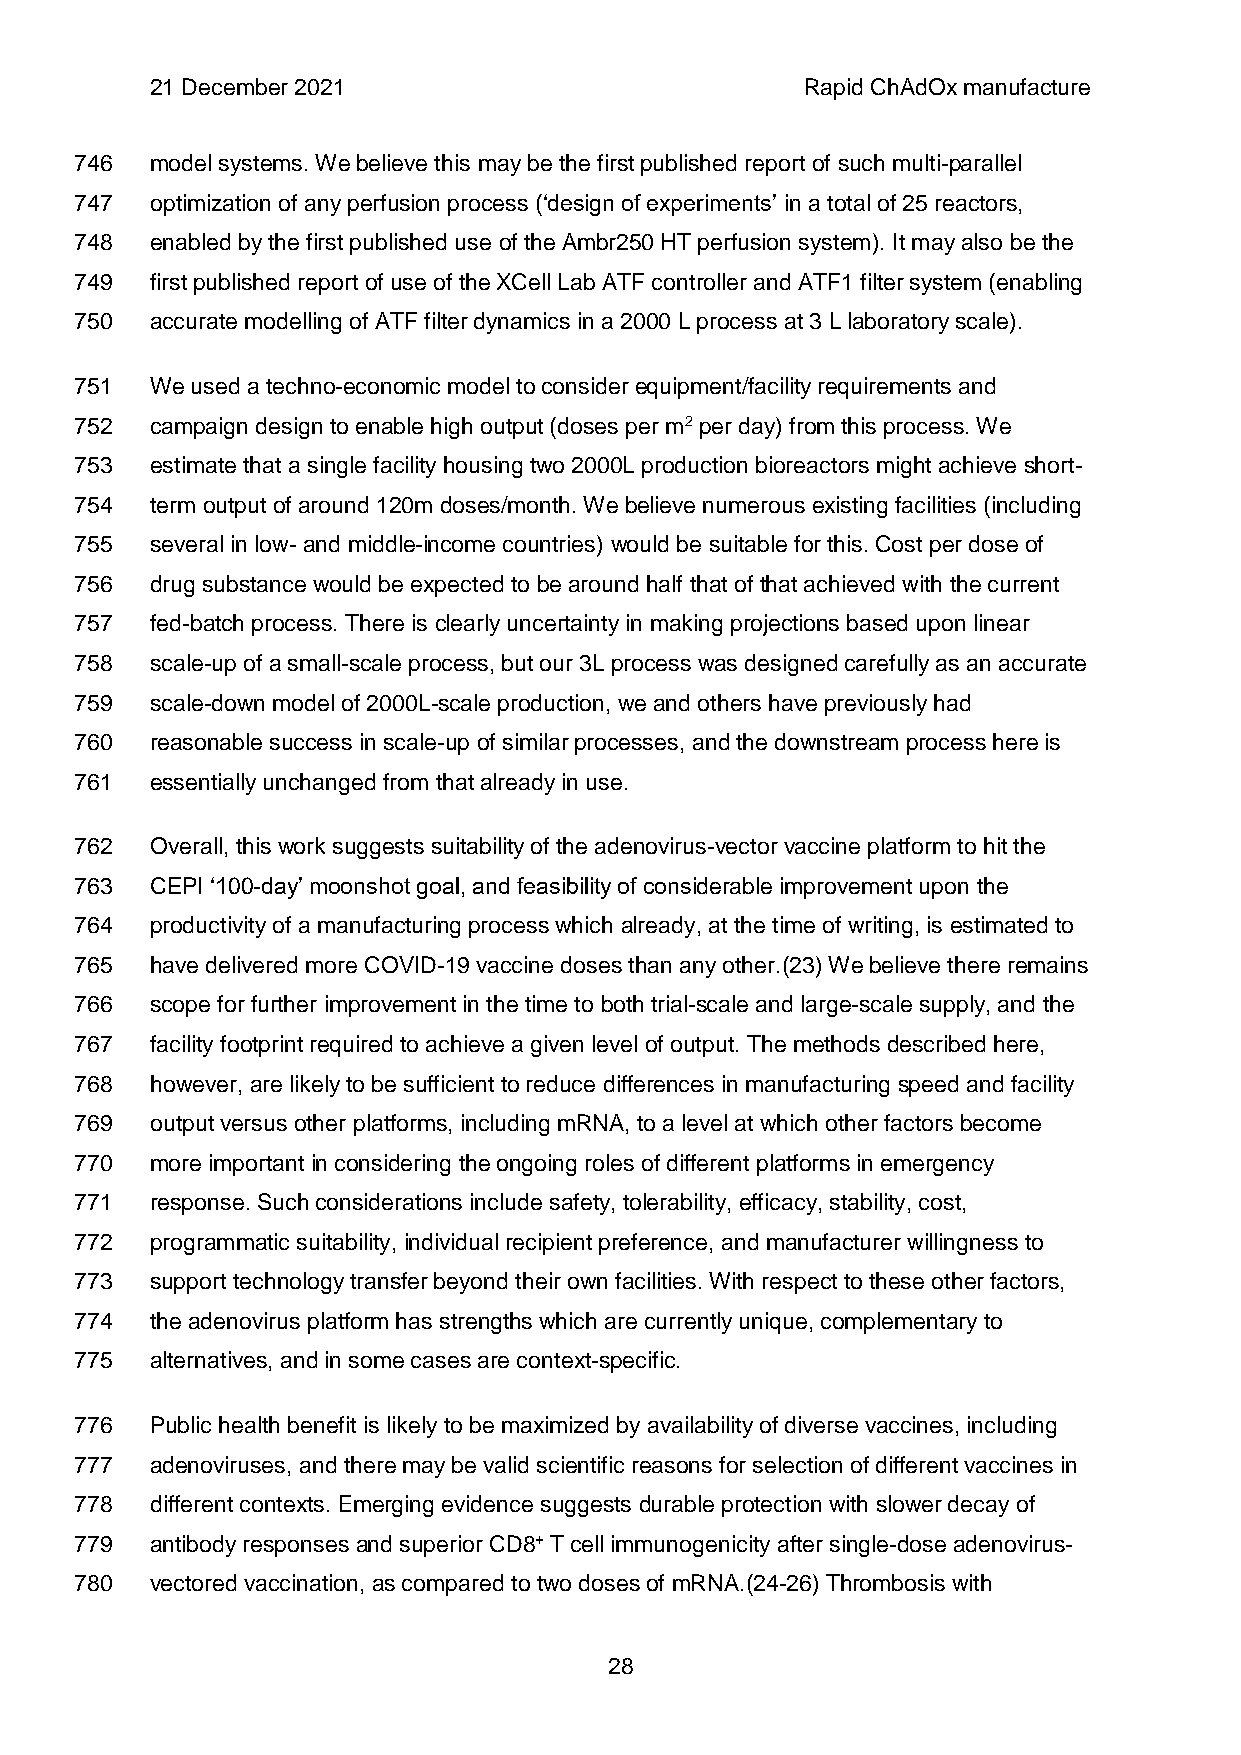
21 December 2021                           Rapid ChAdOx manufacture
 746  model systems. We believe this may be the first published report of such multi-parallel
 747  optimization of any perfusion process (‘design of experiments’ in a total of 25 reactors,
 748  enabled by the first published use of the Ambr250 HT perfusion system). It may also be the
 749  first published report of use of the XCell Lab ATF controller and ATF1 filter system (enabling
 750  accurate modelling of ATF filter dynamics in a 2000 L process at 3 L laboratory scale).
 751  We used a techno-economic model to consider equipment/facility requirements and
 752  campaign design to enable high output (doses per m2 per day) from this process. We
 753  estimate that a single facility housing two 2000L production bioreactors might achieve short-
 754  term output of around 120m doses/month. We believe numerous existing facilities (including
 755  several in low- and middle-income countries) would be suitable for this. Cost per dose of
 756  drug substance would be expected to be around half that of that achieved with the current
 757  fed-batch process. There is clearly uncertainty in making projections based upon linear
 758  scale-up of a small-scale process, but our 3L process was designed carefully as an accurate
 759  scale-down model of 2000L-scale production, we and others have previously had
 760  reasonable success in scale-up of similar processes, and the downstream process here is
 761  essentially unchanged from that already in use.
 762  Overall, this work suggests suitability of the adenovirus-vector vaccine platform to hit the
 763  CEPI ‘100-day’ moonshot goal, and feasibility of considerable improvement upon the
 764  productivity of a manufacturing process which already, at the time of writing, is estimated to
 765  have delivered more COVID-19 vaccine doses than any other.(23) We believe there remains
 766  scope for further improvement in the time to both trial-scale and large-scale supply, and the
 767  facility footprint required to achieve a given level of output. The methods described here,
 768  however, are likely to be sufficient to reduce differences in manufacturing speed and facility
 769  output versus other platforms, including mRNA, to a level at which other factors become
 770  more important in considering the ongoing roles of different platforms in emergency
 771  response. Such considerations include safety, tolerability, efficacy, stability, cost,
 772  programmatic suitability, individual recipient preference, and manufacturer willingness to
 773  support technology transfer beyond their own facilities. With respect to these other factors,
 774  the adenovirus platform has strengths which are currently unique, complementary to
 775  alternatives, and in some cases are context-specific.
 776  Public health benefit is likely to be maximized by availability of diverse vaccines, including
 777  adenoviruses, and there may be valid scientific reasons for selection of different vaccines in
 778  different contexts. Emerging evidence suggests durable protection with slower decay of
 779  antibody responses and superior CD8+ T cell immunogenicity after single-dose adenovirus-
 780  vectored vaccination, as compared to two doses of mRNA.(24-26) Thrombosis with
 28